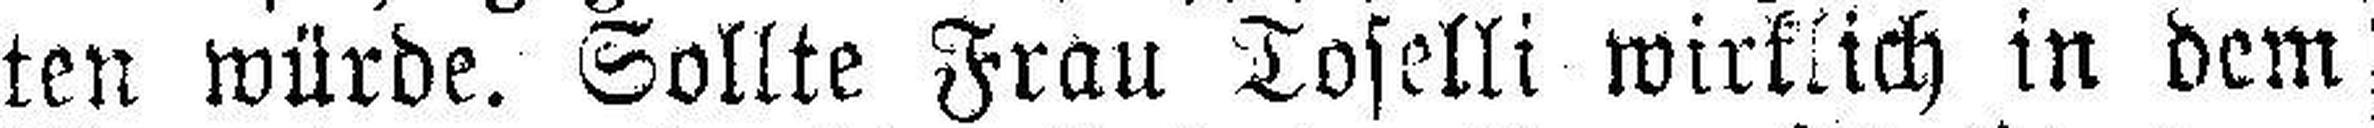
ten würde. Sollte Frau Toselli wirklich in dem